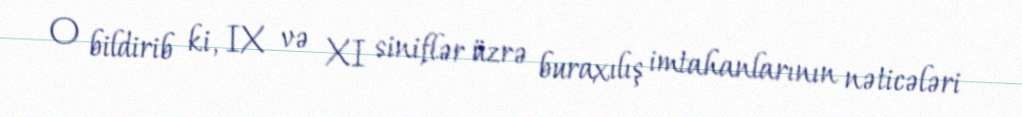
O bildirib ki, IX və XI siniflər üzrə buraxılış imtahanlarının nəticələri